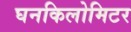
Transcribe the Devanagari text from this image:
घनकिलोमिटर